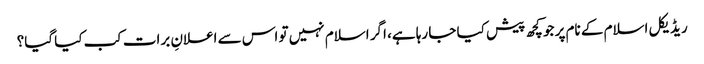
ریڈیکل اسلام کے نام پر جو کچھ پیش کیا جا رہا ہے، اگر اسلام نہیں تو اس سے اعلانِ برات کب کیا گیا؟